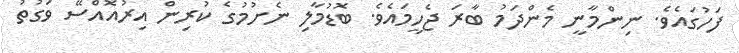
ފަހުގައެވެ. ނިންމާނީ މެންދަމު ބާރަ ޖެހީމައެވެ. ބޮޑުމާލި ނެށުމުގެ ކުރިން އިރުއޮއްސޭ ވަގުތު